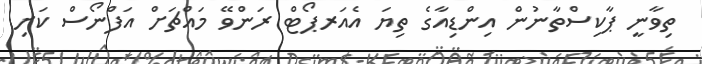
ތިވާނީ ޕާކިސްތާނުން އިންޑިއާގެ ތިޔަ އެއަރޕޯޓް ރަންވޭ މައްޗަށް އަފްނޯސް ކަށި